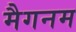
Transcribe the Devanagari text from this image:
मैगनम